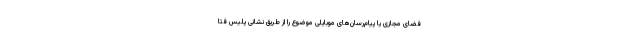
فضای مجازی یا پیام‌رسان‌های موبایلی موضوع را از طریق نشانی پلیس فتا